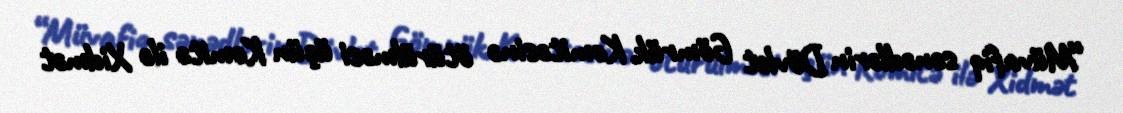
“Müvafiq sənədlərin Dövlət Gömrük Komitəsinə ötürülməsi üçün Komitə ilə Xidmət